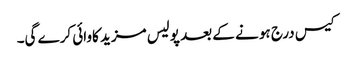
کیس درج ہو نے کے بعد پولیس مزید کاوائی کرے گی۔